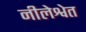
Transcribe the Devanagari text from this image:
नीलेश्वेत